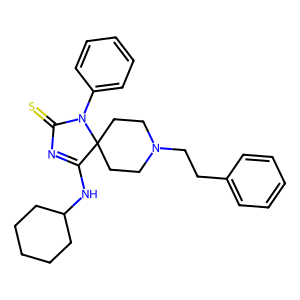
SMILES: S=C1N=C(NC2CCCCC2)C2(CCN(CCc3ccccc3)CC2)N1c1ccccc1
Inhibits HIV replication: No